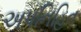
અપનિહિત